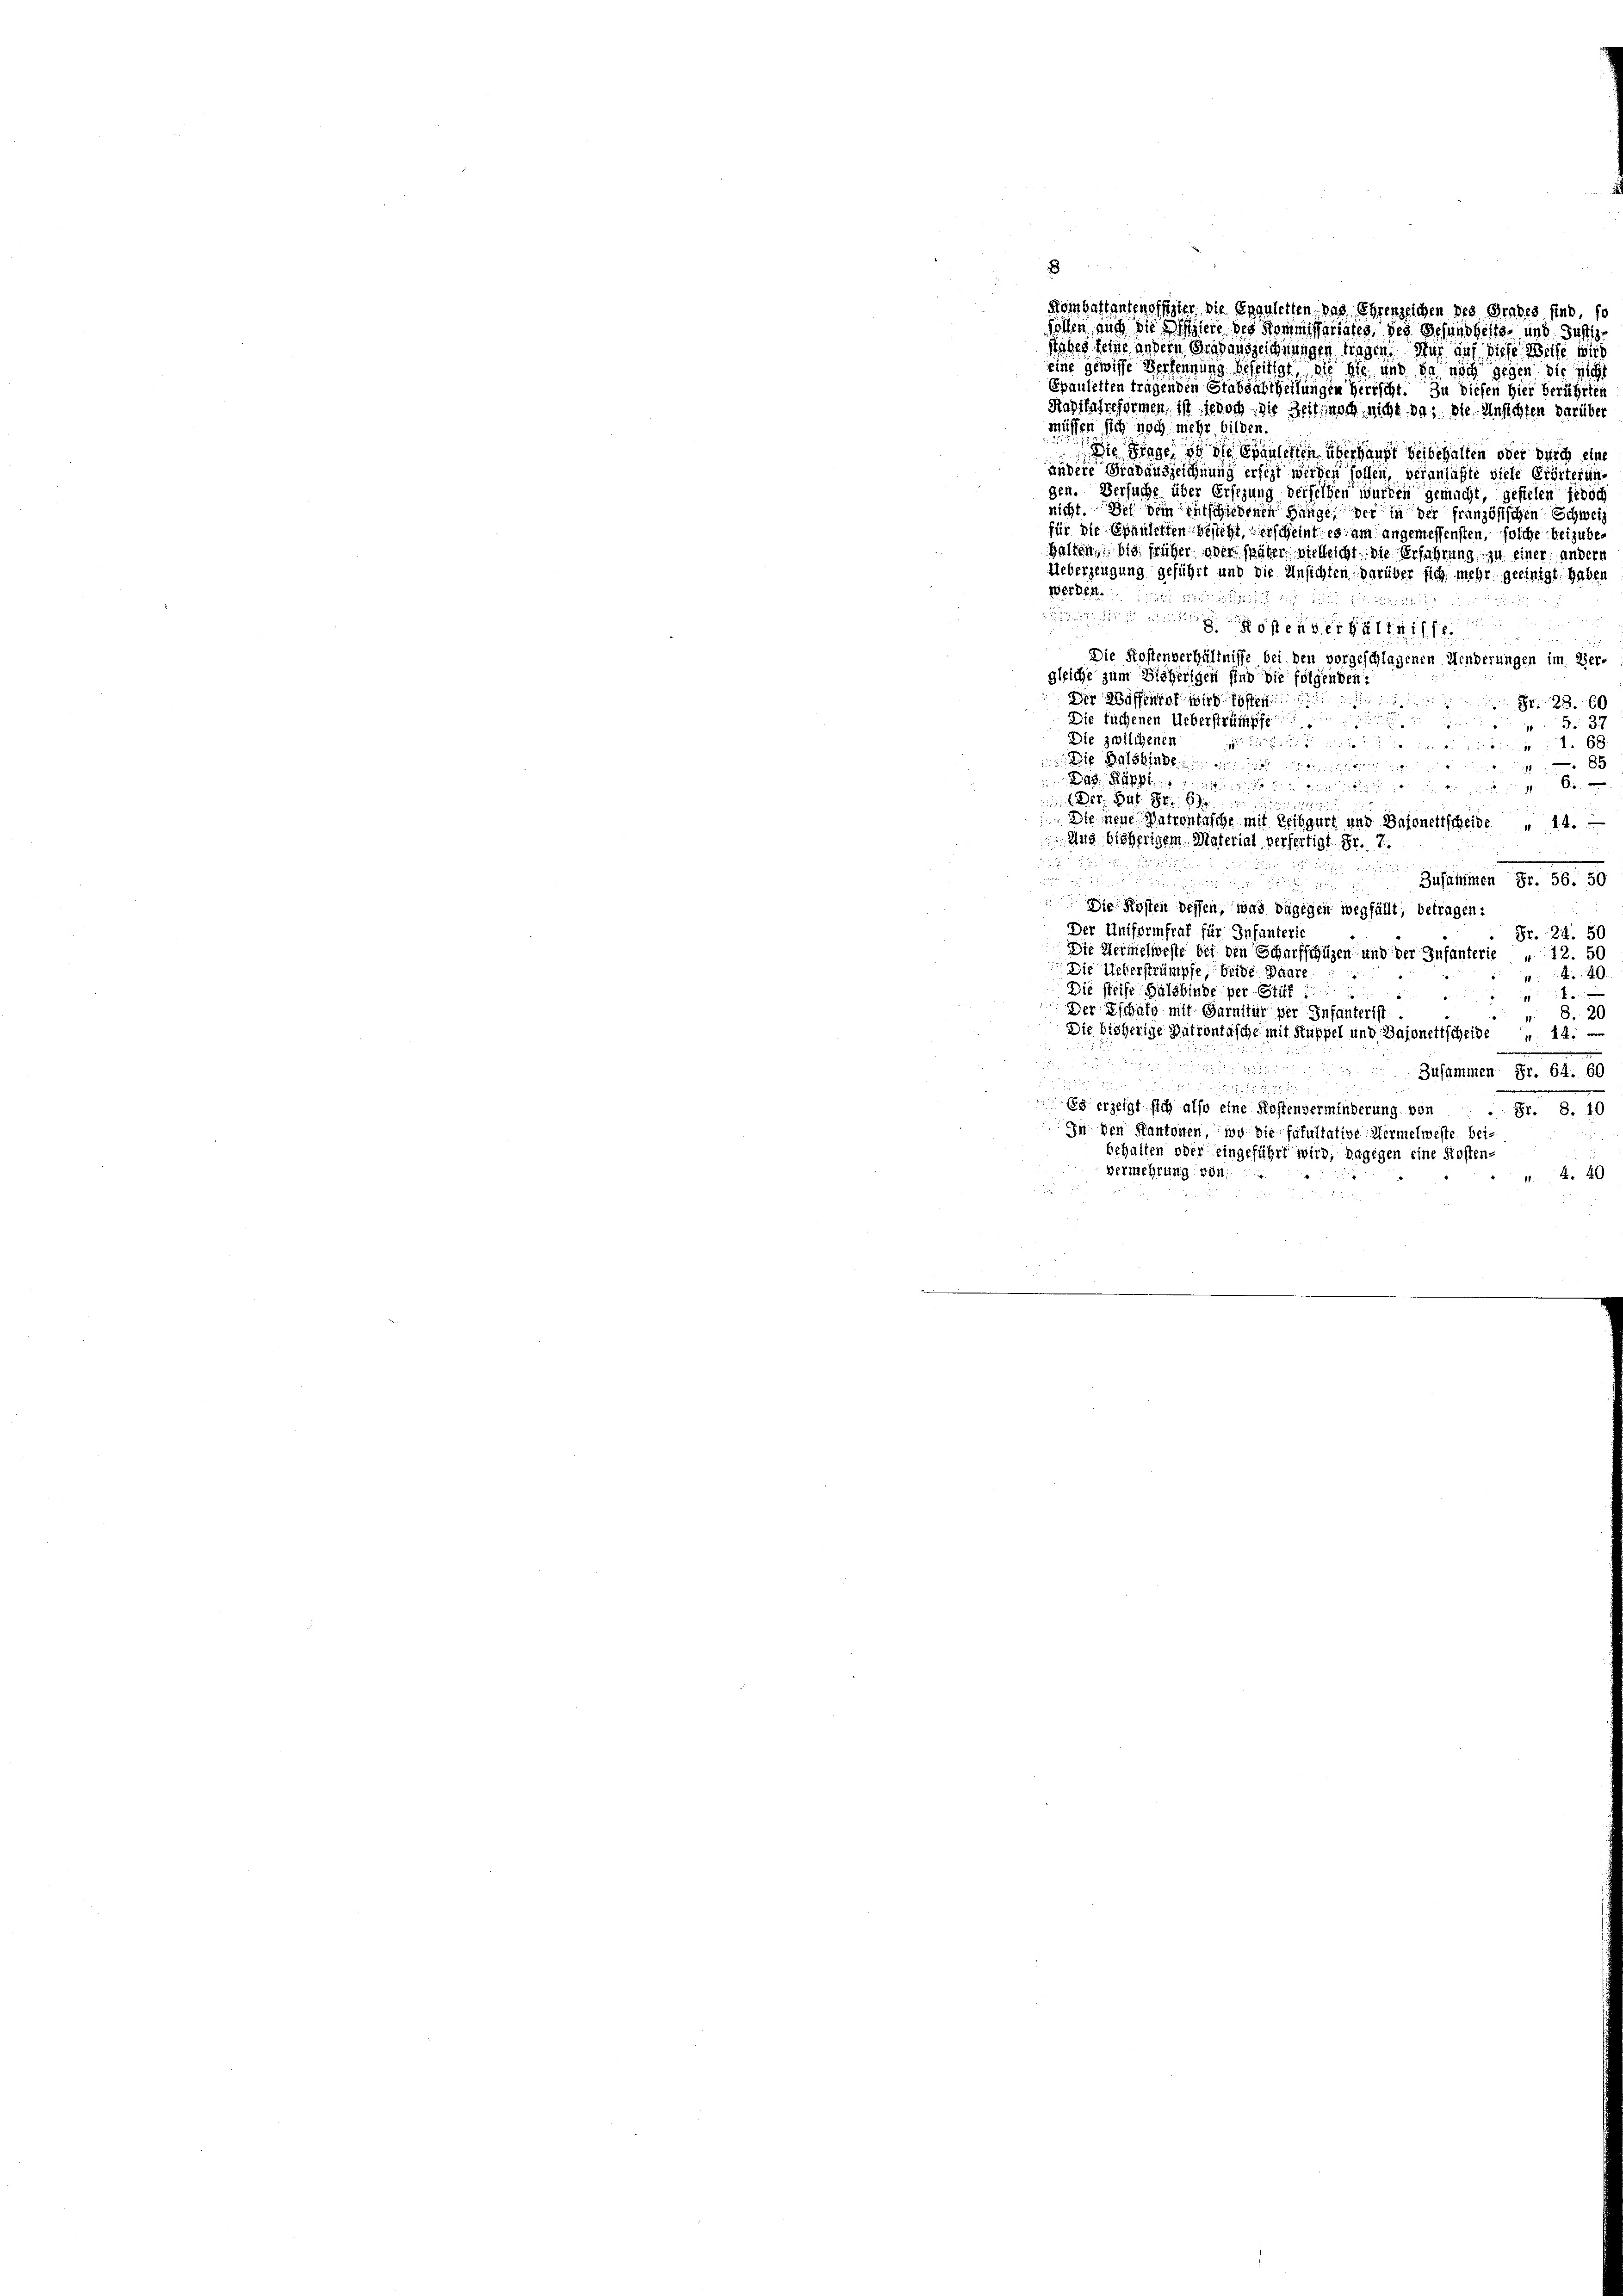
Komgattantenoffizier die Engeletten das Ehrenzeichen des Grades sind, so
sollen auch die hiere des Kommissariates des Gesundheits- und Justiz
debes seine andern Gesauszeichnungen tragen. Nur auf diese Weise wied

die Balshinge

eine gewisse Versengung beseitigt die sie und da noch gegen die nicht
Epauletten tragenden Stabsabtheilungen Herrscht. Zu diesen hier berührten
Radifahreformen, ist jedoch die Zeit noch nicht das die Ansichten darüber
Müssen sich noch mehr bilden.
 Die Frage so die Branderten überhaupt beibehalten oder durch eine
andere Gradauszeichnung ersezt werden sollen, veranlaßte viele Erörterung
gen. Versuche über Ersezung derselben wurden gemacht, gefielen jedoch
nicht. Die dein entschiedenen Bange der in der französischen Schweiz
für die Epaulerten besicht, erscheint es am angemessensten, solche beizube¬
Halten, bis früher oder später vielleicht. Die Erfahrung zu einer andern
Ueberzeugung geführt und die Ansichten darüber sich mehr geeinigt haben
Werden. Mit der
e
Die Kostenverhältnisse bei den vorgeschlagenen Menderungen im Ver-
gleiche zum Bisherigen sind die folgenden:
Der Waffenhof wird kosten
 28. 60
Die fuchenen Ueberstreife
 37
Die zwiligener
git der
f 6 x
8x
 Rappen
. Der B. S. 6
1152
 Die neue Matrontische mit Leibgurt und Bajonettscheide " 14.
Aug bisherigem Material verfertigt. Fr. 7.
e

e
Zusammen Fr. 56. 50

Berd
 Die Kosten dessen, was dagegen wegfällt; betragen:
Der Uniformfrat für Infanterie
Fr. 22. 51
Die Vermelweste bei den Scharfschützen und der Infanterie „ 12. 50
Die Ueberstrümpfe, beide Baare
40
Die steife Balbinge per Stif
i
Der Eschaft mit Garnifür per Infanterist
 8 20
Die bisherige Patrontasche mit Ruppel und Bajonettscheide u. 14.
Zusammen Sr. 64. 60
1255
Es erzeigt sich also eine Kostenverminderung von  . Fr. 8. 10
In den Kantonen, wo die fakultative Hermelweste beibehalten oder eingeführt wird, dagegen eine Kosten-
Vermehrung von
 440